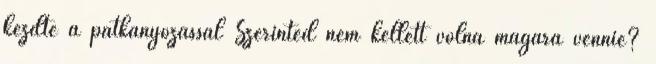
kezdte a patkányozással Szerinted nem kellett volna magára vennie?